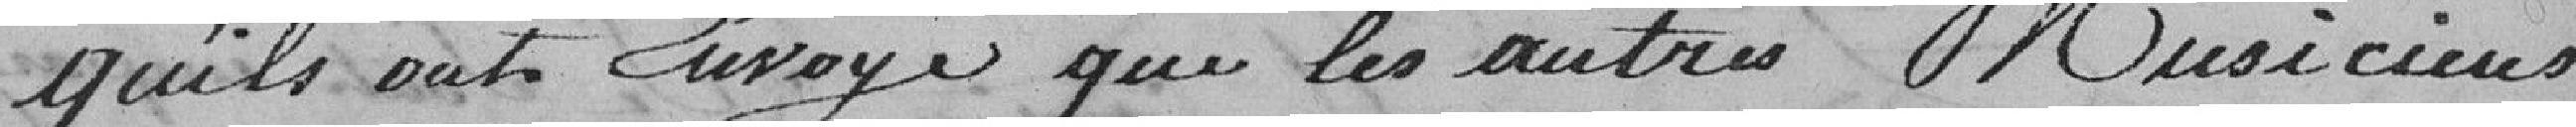
qu'ils ont Envoyé que les autres Musiciens